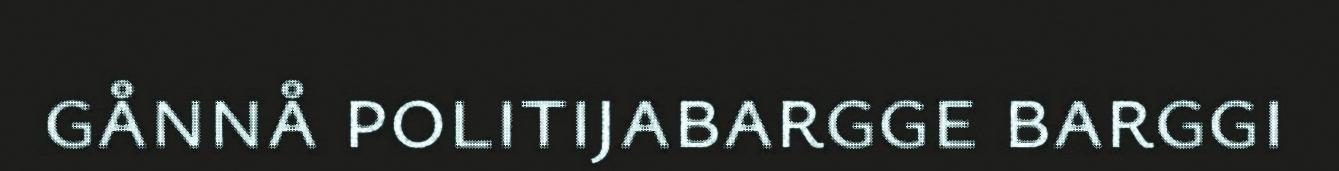
gånnå politijabargge barggi